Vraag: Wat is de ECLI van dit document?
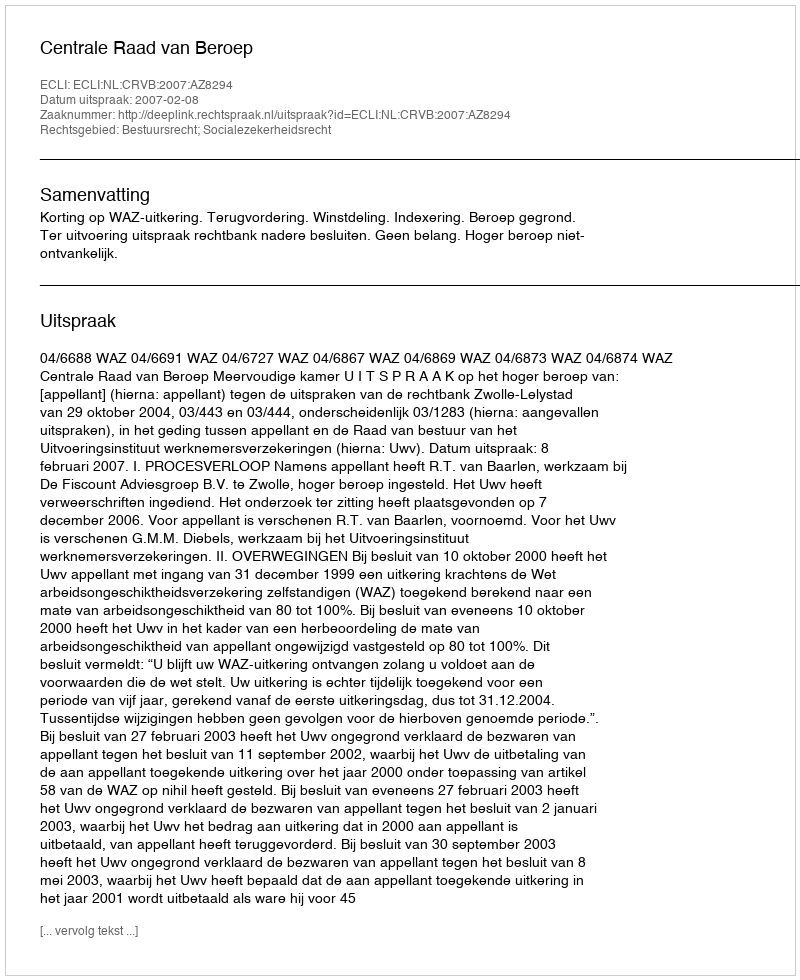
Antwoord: ECLI:NL:CRVB:2007:AZ8294